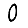
Digit: 0